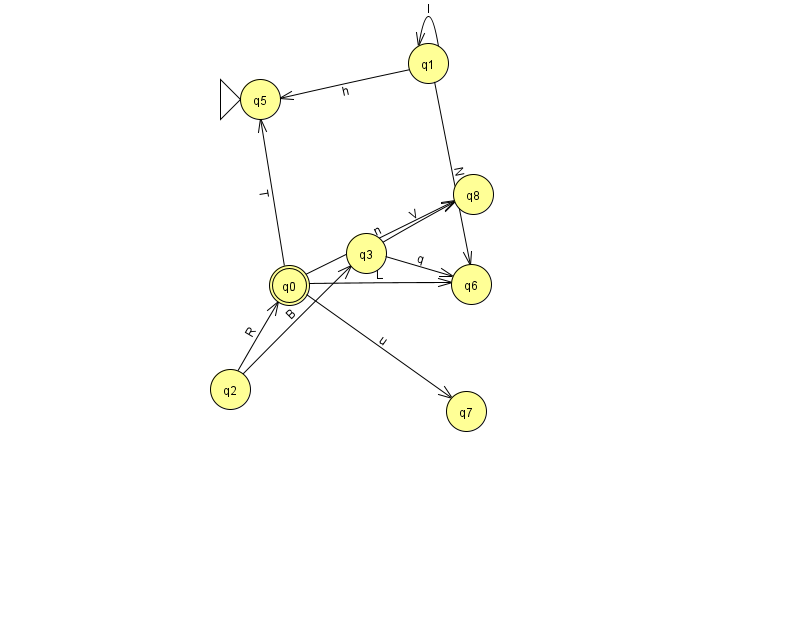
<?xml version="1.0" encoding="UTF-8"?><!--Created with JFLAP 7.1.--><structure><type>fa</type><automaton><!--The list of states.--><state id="0" name="q0"><x>289.0</x><y>272.0</y><final/></state><state id="1" name="q1"><x>428.0</x><y>50.0</y></state><state id="2" name="q2"><x>230.0</x><y>376.0</y></state><state id="3" name="q3"><x>366.0</x><y>240.0</y></state><state id="5" name="q5"><x>260.0</x><y>86.0</y><initial/></state><state id="6" name="q6"><x>471.0</x><y>271.0</y></state><state id="7" name="q7"><x>466.0</x><y>398.0</y></state><state id="8" name="q8"><x>473.0</x><y>181.0</y></state><!--The list of transitions.--><transition><from>3</from><to>6</to><read>q</read></transition><transition><from>0</from><to>5</to><read>T</read></transition><transition><from>3</from><to>8</to><read>V</read></transition><transition><from>0</from><to>7</to><read>u</read></transition><transition><from>0</from><to>8</to><read>n</read></transition><transition><from>1</from><to>1</to><read>l</read></transition><transition><from>1</from><to>6</to><read>N</read></transition><transition><from>0</from><to>6</to><read>L</read></transition><transition><from>2</from><to>0</to><read>R</read></transition><transition><from>2</from><to>3</to><read>B</read></transition><transition><from>1</from><to>5</to><read>h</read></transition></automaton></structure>